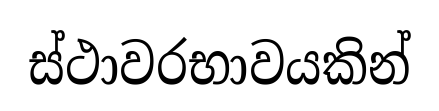
ස්ථාවරභාවයකින්